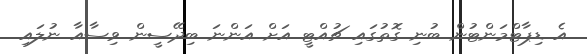
އެ ޑިޕާޓްމަންޓުން ބުނި ގޮތުގައި ޗުއްޓީ އަށް އަންނަ ބިދޭސީން ވިސާއާ ނުލައި